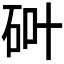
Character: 𱳵